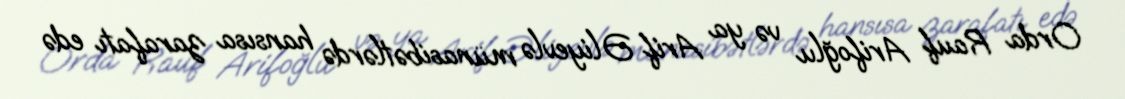
Orda Rauf Arifoğlu və ya Arif Əliyevlə münasibətlərdə hansısa zarafatı edə